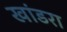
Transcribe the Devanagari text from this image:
खांडरा